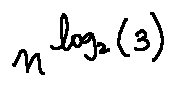
n ^ { \log _ { 2 } ( 3 ) }